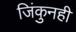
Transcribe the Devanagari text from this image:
जिंकुनही